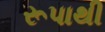
રૂપાથી